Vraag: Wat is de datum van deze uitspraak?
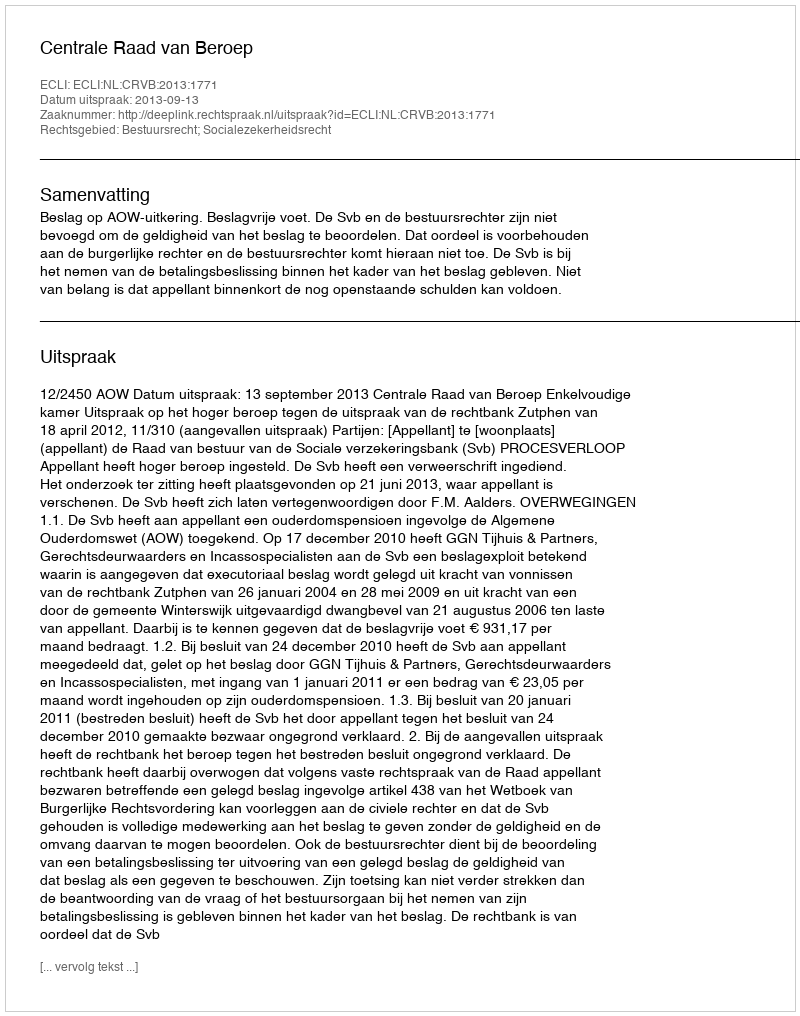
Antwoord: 2013-09-13